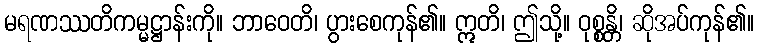
မရဏဿတိကမ္မဋ္ဌာန်းကို။ ဘာဝေတိ၊ ပွားစေကုန်၏။ ဣတိ၊ ဤသို့။ ဝုစ္စန္တိ၊ ဆိုအပ်ကုန်၏။